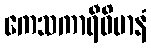
ကေသကာရီဝိမာနံ